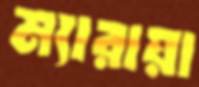
ম্যারায়া